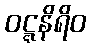
ဝဋ္ဋနိရိဝ